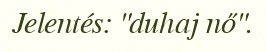
Jelentés: "duhaj nő".